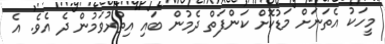
މީހަކު އެތަނަށް މަޑުކޮށް ކަންފަތް ދެމުން ބައި އިތުރުވަމުން ދެ އެވެ. އެ